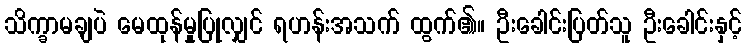
သိက္ခာမချပဲ မေထုန်မှုပြုလျှင် ရဟန်းအသက် ထွက်၏။ ဦးခေါင်းပြတ်သူ ဦးခေါင်းနှင့်